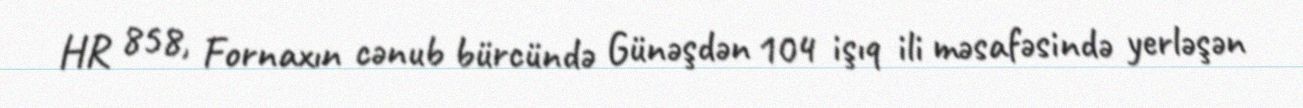
HR 858, Fornaxın cənub bürcündə Günəşdən 104 işıq ili məsafəsində yerləşən